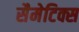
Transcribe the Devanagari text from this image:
सैमेटिक्स